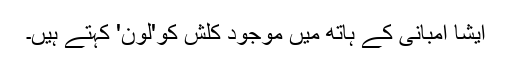
ایشا امبانی کے ہاتھ میں موجود کلش کو'لون' کہتے ہیں۔